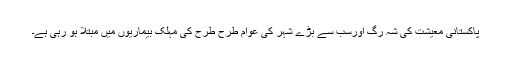
پاکستانی معیشت کی شہ رگ اورسب سے بڑے شہر کی عوام طرح طرح کی مہلک بیماریوں میں مبتلا ہو رہی ہے۔